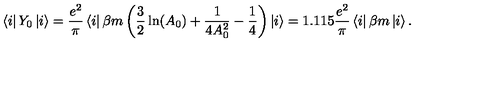
\left\langle i \right| Y _ { 0 } \left| i \right\rangle = \frac { e ^ { 2 } } \pi \left\langle i \right| \beta m \left( \frac 3 2 \ln ( A _ { 0 } ) + \frac 1 { 4 A _ { 0 } ^ { 2 } } - \frac 1 4 \right) \left| i \right\rangle = 1 . 1 1 5 \frac { e ^ { 2 } } \pi \left\langle i \right| \beta m \left| i \right\rangle .